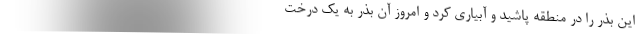
این بذر را در منطقه پاشید و آبیاری کرد و امروز آن بذر به یک درخت